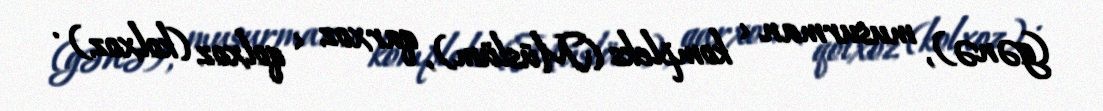
(gənə), musurman < kompleks (Müslüm), qarxoz < qolxoz (kolxoz) .